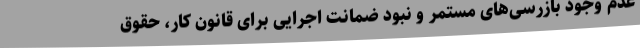
عدم وجودِ بازرسی‌های مستمر و نبودِ ضمانت اجرایی برای قانون کار، حقوق